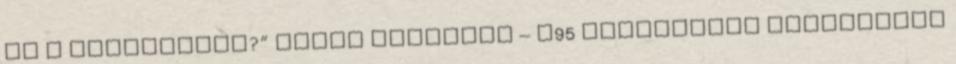
az a Bűvösvölgy?” Média animátor – H95 Bűvösvölgy szeptember